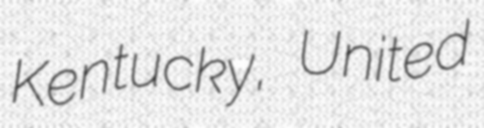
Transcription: Kentucky, United